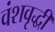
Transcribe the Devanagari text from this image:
वंशवृद्धी